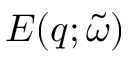
E ( q ; \tilde { \omega } )